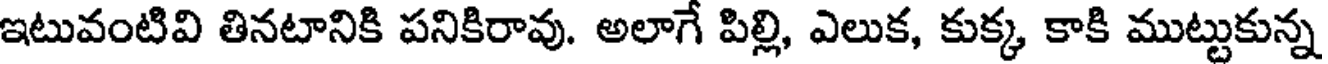
ఇటువంటివి తినటానికి పనికిరావు. అలాగే పిల్లి, ఎలుక, కుక్క కాకి ముట్టుకున్న